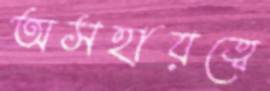
অসহায়ত্বে